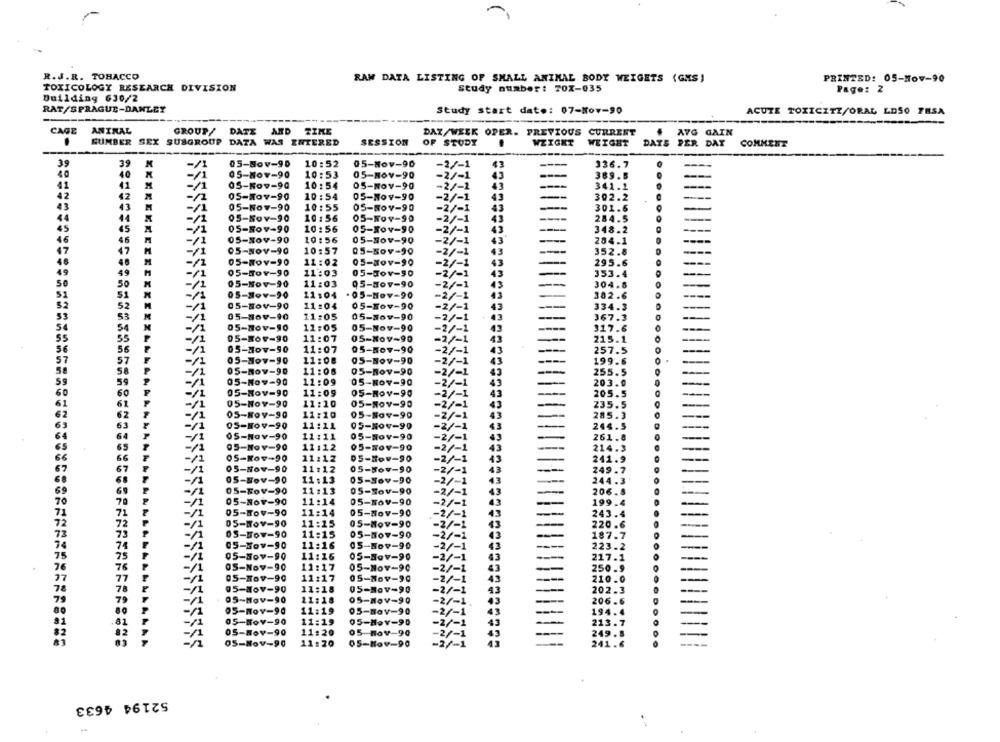
R.J.R. TOBACCO
RAW DATA LISTING OF SMALL ANIMAL BODY WEIGHTS (GAS)
PRINTED: 05-Nov-90
TOXICOLOGY RESEARCH DIVISION
Study number: TOX-035
Page: 2
Building 630/2
RAT/SPRAGUE-DANLEY
Study start date: 07-Nov-90
ACUTE TOXICITY/ORAL LDSO FESA
CAGE
ANIMAL
GROUP/ DATE
AND TIME
DAZ/WEEK OPER. PREVIOUS CURRENT
AVG GAIN
NUMBER SEX SUBGROUP DATA WAS ENTERED
SESSION
OF STUDY
WEIGHT
WEIGHT
DATE PER DAY
COMMENT
39
39
05-Nov-90
10:52
05-Nov-90
-2/-1
43
336.7
-/
40
40
05-Nov-90
10:53
05-NOV-90
-2/-1
43
389.8
41
41
M
05-Kov-90
10:54
05-NOV-90
-2/-1
43
341.1
-
42
42
05-Nov-90
10:54
05-Nov-90
-2/-1
43
302.2
-
43
43
05-Nov-90
10:55
05-Nov-90
-2/-1
43
301.6
-
44
-/
05-Nov-90
10:56
05-509-90
-2/-1
43
284.5
-
45
45
-/1
05-Nov-90
10:56
05-NOV-90
-2/-1
43
348.2
-
46
-/
05-Nov-90
10:56
05-Nov-90
-2/-1
43
254.1
NMN
05-NOV-90
10:57
05-50v-90
-2/-1
43
352.8
05-NOV-90
11:02
05-Nov-90
-2/-1
43
295.6
05-Nov-90
11:03
05-3ov-90
-2/-1
43
353.4
05-Nov-90
11:03
05-Nov-90
NNNN
43
304.8
-2/-1
05-Nov-90
11:04
- 05-Nov-90
-2/-1
43
382.6
05-Nov-90
11:04
05-Nov-90
43
334.3
-2/-1
05-86v-90
11:05
05-Nov-90
-2/-1
43
367.3
05-NOV-90
11:05
05-Nov-90
-2/-1
43
05-NOV-90
11:07
05-Nov-90
-2/-1
43
215.1
05-Nov-90
11:07
05-507-90
43
257.5
-2/-1
57
57
05-Nov-90
11:08
05-Nov-90
-2/-1
43
199.6
58
05-Nov-90
11:06
05-Nov-90
-2/-1
255.5
59
05-Nov-90
11:09
05-Nov-90
-2/-1
43
203.0
60
60
05-Nov-90
11:09
05-Nov-90
-2/-1
43
205.5
05-Nov-90
11:10
05-NOV-90
-2/-1
43
235.5
05-NOV-90
11:10
05-Nov-90
-2/-1
43
285.3
11 :11
244.5
OS-Nov-90
05-NOV-99
-2/-1
05-Nov-90
11:11
05-Nov-90
-2/-1
43
261. 8
11112
43
05-Nov-90
05-NOV-90
-2/-1
14.3
05-Nov-90
11:12
05-Nov-90
-2/-1
12
41.9
05-Nov-90
11112
05-Nov-90
-2/-1
43
05-Nov-90
11:13
05-Nov-90
-2/-1
43
244.3
05-Rov-90
11:13
05-Nov-90
43
-2/-1
05-Nov-90
11:14
05-NOV-90
-2/-1
43
199
05-Nov-90
11:14
05-Nov-90
-2/-1
43
243.4
05-Nov-90
11:15
05-Nov-90
-2/-1
43
220.6
05-Nov-90
11:15
05-07-90
-2/-1
43
187.7
05-Nov-90
11:16
05-Nov-90
-2/-1
43
223.2
05-Nov-90
11:16
05-Nov-90
-2/-1
217.
43
OS-Nov-90
11:17
05-Nov-90
-2/-1
43
05-Nov-90
11:17
05-Nov-90
-2/-1
05-Nov-90
11:18
05-Nov-90
-2/-1
202.3
05-Nov-90
11:18
05-Nov-90
-2/-1
206.6
11:19
05-Nov-90
05-NOV-90
-2/-1
05-Nov-90
11:19
05-Hov-90
-2/-1
213.7
05-Nov-90
11:20
05 nov-90
-2/-1
05-Nov-90
11:20
05-Nov-90
-2/-1
24
52194 4633